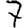
Digit: 7